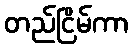
တည်ငြိမ်ကာ